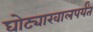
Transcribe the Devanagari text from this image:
घोट्याखालपर्यंत